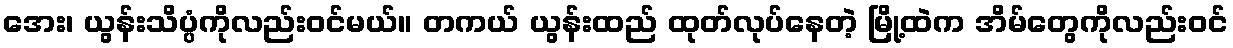
အေး၊ ယွန်းသိပ္ပံကိုလည်းဝင်မယ်။ တကယ် ယွန်းထည် ထုတ်လုပ်နေတဲ့ မြို့ထဲက အိမ်တွေကိုလည်းဝင်